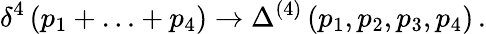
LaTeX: \delta^{4}\left(p_{1}+\ldots+p_{4}\right)\to\Delta^{(4)}\left(p_{1},p_{2},p_{3},p_{4}\right)\, .